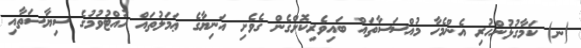
(ނ) ކަމާގުޅުންހުރި އެންމެހާ މުއްސަސާތައް ބައިވެރިކޮށްގެން ގެވެށި އަނިޔާގެ ޢަމަލުތައް ހުއްޓުވުމުގެ ސިޔާސަތާއި